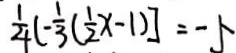
\frac { 1 } { 4 } ( - \frac { 1 } { 3 } ( \frac { 1 } { 2 } x - 1 ) ] = - 5